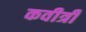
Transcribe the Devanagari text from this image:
कवीत्री